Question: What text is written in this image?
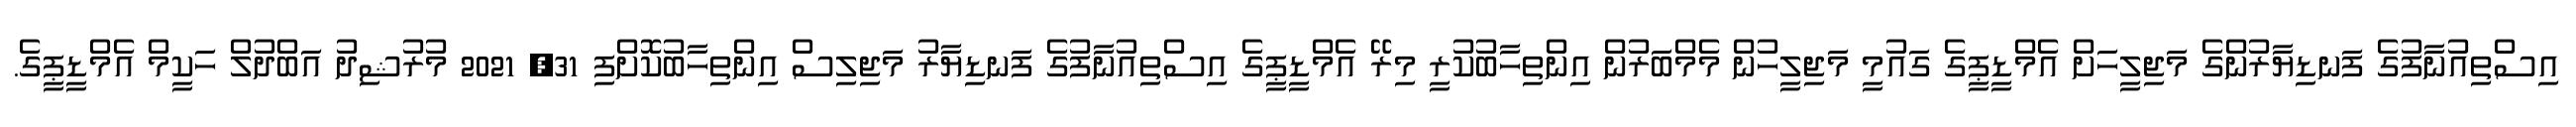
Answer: އިސްތިއުނާފުގެ ފަނޑިޔާރުންގެ މަޖިލީހަށް އެމްޑީޕީގެ ގައުމީ މަޖިލީހުން މެމްބަރުން އިންތިހާބުކުރީ މިރޭ އެމްޑީޕީގެ އިސްތިއުނާފުގެ ފަނޑިޔާރު މަޖިލިސް އިންތިހާބުކޮށްފި 31, 2021 މުރުޝިދު އަބްދުލް ހަކީމް އެމްޑީޕީގެ.